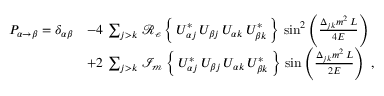
{ \begin{array} { r l } { P _ { \alpha \rightarrow \beta } = \delta _ { \alpha \beta } } & { - 4 \, \sum _ { j > k } \, \operatorname { \mathcal { R _ { e } } } \left\{ \, U _ { \alpha j } ^ { * } \, U _ { \beta j } \, U _ { \alpha k } \, U _ { \beta k } ^ { * } \, \right\} \, \sin ^ { 2 } \left( { \frac { \Delta _ { j k } m ^ { 2 } \, L } { 4 E } } \right) } \\ & { + 2 \, \sum _ { j > k } \, \operatorname { \mathcal { I _ { m } } } \left\{ \, U _ { \alpha j } ^ { * } \, U _ { \beta j } \, U _ { \alpha k } \, U _ { \beta k } ^ { * } \, \right\} \, \sin \left( { \frac { \Delta _ { j k } m ^ { 2 } \, L } { 2 E } } \right) ~ , } \end{array} }